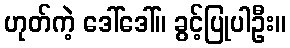
ဟုတ်ကဲ့ ဒေါ်ဒေါ်။ ခွင့်ပြုပါဦး။